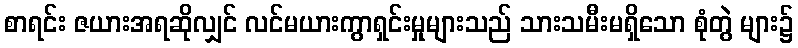
စာရင်း ဇယားအရဆိုလျှင် လင်မယားကွာရှင်းမှုများသည် သားသမီးမရှိသော စုံတွဲ များ၌